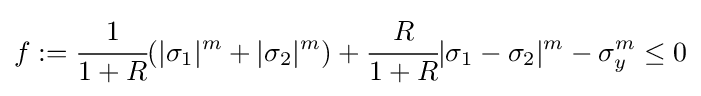
f:={\cfrac {1}{1+R}}(|\sigma _{1}|^{m}+|\sigma _{2}|^{m})+{\cfrac {R}{1+R}}|\sigma _{1}-\sigma _{2}|^{m}-\sigma _{y}^{m}\leq 0